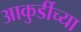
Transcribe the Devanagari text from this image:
आकुर्डीच्या